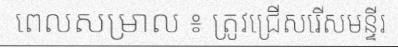
ពេលសម្រាល ៖ ត្រូវជ្រើសរើសមន្ទីរ